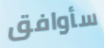
سأوافق